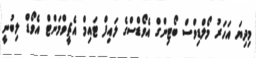
މިދިޔަ އަހަރު މޯލްޑިވްސް ބޯޓިންގް އެވޯޑްސްގެ ލައިފް ޓައިމް އެޗީވްމަންޓް އެވޯޑް ލިބުނީ